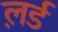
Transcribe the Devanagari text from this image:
ल़र्ड